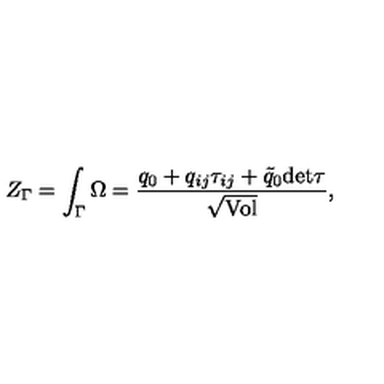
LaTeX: Z _ { \Gamma } = \int _ { \Gamma } \Omega = { \frac { q _ { 0 } + q _ { i j } \tau _ { i j } + \tilde { q } _ { 0 } \mathrm { d e t } \tau } { \sqrt \mathrm { V o l } } } ,